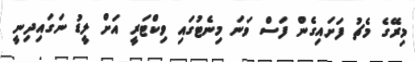
މިރޭގެ މެޗު ފަށައިގެން ފަސް ވަނަ މިނެޓުގައި ވިކްޓަރީ އަށް ލީޑު ނަގައިދިނީ